Calcutta medical institutions reports 1871-78
Year: 1871
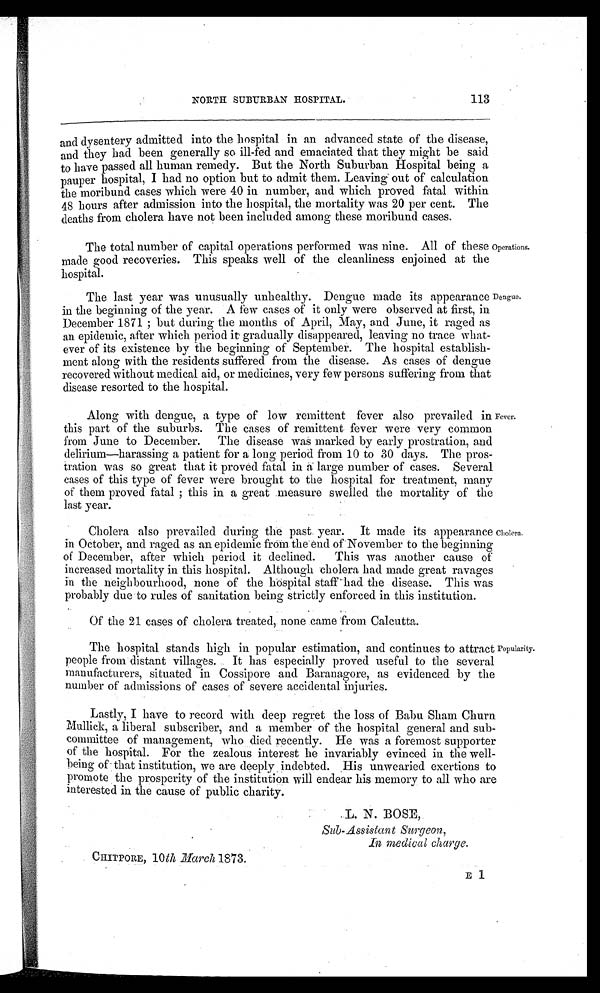
113
NORTH SUBURBAN HOSPITAL.
and dysentery admitted into the hospital in an advanced state of the disease,
and they had been generally so ill-fed and emaciated that they might be said
to have passed all human remedy. But the North Suburban Hospital being a
pauper hospital, I had no option but to admit them. Leaving out of calculation
the moribund cases which were 40 in number, and which proved fatal within
48 hours after admission into the hospital, the mortality was 20 per cent. The
deaths from cholera have not been included among these moribund cases.
The total number of capital operations performed was nine. All of these
made good recoveries. This speaks well of the cleanliness enjoined at the
hospital.
Operations.
The last year was unusually unhealthy. Dengue made its appearance
in the beginning of the year. A few cases of it only were observed at first, in
December 1871; but during the months of April, May, and June, it raged as
an epidemic, after which period it gradually disappeared, leaving no trace what-
ever of its existence by the beginning of September. The hospital establish-
ment along with the residents suffered from the disease. As cases of dengue
recovered without medical aid, or medicines, very few persons suffering from that
disease resorted to the hospital.
Dengue.
Along with dengue, a type of low remittent fever also prevailed in
this part of the suburbs. The cases of remittent fever were very common
from June to December. The disease was marked by early prostration, and
delirium—harassing a patient for a long period from 10 to 30 days. The pros-
tration was so great that it proved fatal in a large number of cases. Several
cases of this type of fever were brought to the hospital for treatment, many
of them proved fatal; this in a great measure swelled the mortality of the
last year.
Cholera also prevailed during the past year. It made its appearance
in October, and raged as an epidemic from the end of November to the beginning
of December, after which period it declined. This was another cause of
increased mortality in this hospital. Although cholera had made great ravages
in the neighbourhood, none of the hospital staff had the disease. This was
probably due to rules of sanitation being strictly enforced in this institution.
Of the 21 cases of cholera treated, none came from Calcutta.
Fever.
Cholera.
The hospital stands high in popular estimation, and continues to attract
people from distant villages. It has especially proved useful to the several
manufacturers, situated in Cossipore and Baranagore, as evidenced by the
number of admissions of cases of severe accidental injuries.
Popularity.
Lastly, I have to record with deep regret the loss of Babu Sham Churn
Mullick, a liberal subscriber, and a member of the hospital general and sub-
committee of management, who died recently. He was a foremost supporter
of the hospital. For the zealous interest he invariably evinced in the well-
being of that institution, we are deeply indebted. His unwearied exertions to
promote the prosperity of the institution will endear his memory to all who are
interested in the cause of public charity.
L. N. BOSE,
Sub-Assistant Surgeon,
In medical charge.
CHITPORE, 10 th March 1873.
E 1